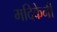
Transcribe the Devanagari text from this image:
मदिकेनी